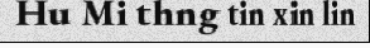
Hu Mi thng tin xin lin